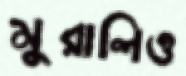
মুরালিও